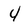
Character: 4